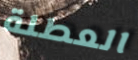
العطلة